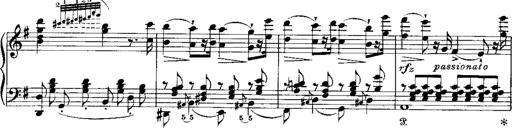
Title: RÃ©miniscences de Norma de Bellini
Composer: Franz Liszt